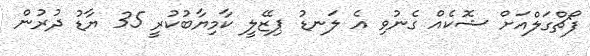
ފޯޗްގަލްއަށް ޝޮކެއް ގެނުވި އެ ލަނޑު ޕިޒޭލީ ކާމިޔާބުކުރީ 35 ޔާޑު ދުރުން